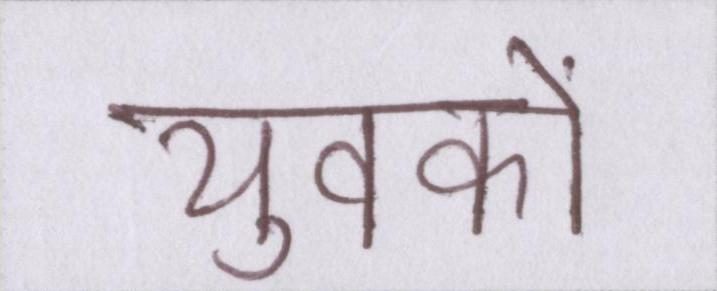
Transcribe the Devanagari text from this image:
युवकों